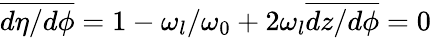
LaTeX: \overline{{d\eta/d\phi}}=1-\omega_{l}/\omega_{0}+2\omega_{l}\overline{{dz/d\phi}}=0